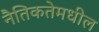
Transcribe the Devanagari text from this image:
नैतिकतेमधील